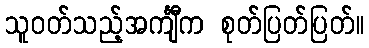
သူဝတ်သည့်အင်္ကျီက စုတ်ပြတ်ပြတ်။